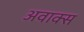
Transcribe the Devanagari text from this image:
अवाक्स